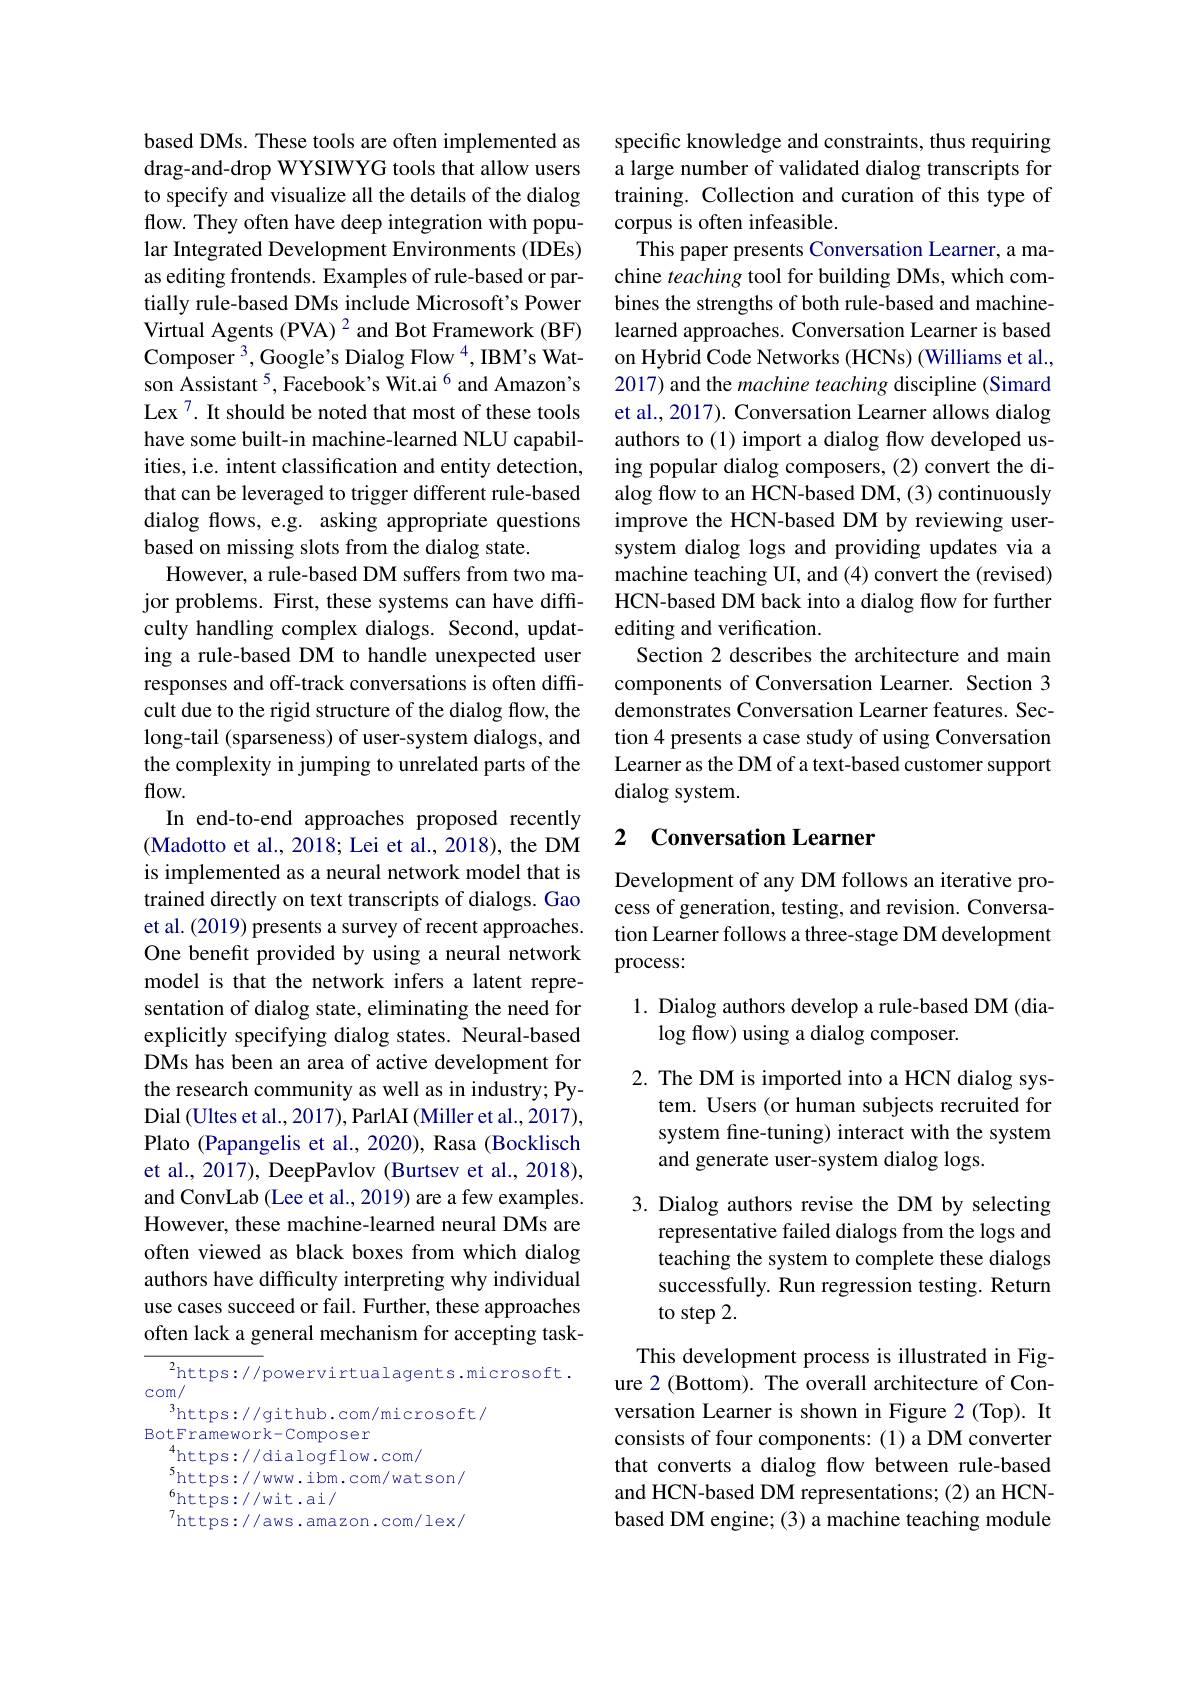
based DMs. These tools are often implemented as drag-and-drop WYSIWYG tools that allow users to specify and visualize all the details of the dialog flow. They often have deep integration with popular Integrated Development Environments (IDEs) as editing frontends. Examples of rule-based or partially rule-based DMs include Microsoft's Power Virtual Agents (PVA) $^2$ and Bot Framework (BF) Composer $^3$, Google's Dialog Flow $^4$, IBM's Watson Assistant $^{5}$, Facebook's Wit.ai$^{6}$ and Amazon's Lex 7. It should be noted that most of these tools have some built-in machine-learned NLU capabilities, i.e. intent classification and entity detection, that can be leveraged to trigger different rule-based dialog flows, e.g. asking appropriate questions based on missing slots from the dialog state.
However, a rule-based DM suffers from two major problems. First, these systems can have difficulty handling complex dialogs. Second, updating a rule-based DM to handle unexpected user responses and off-track conversations is often diffcult due to the rigid structure of the dialog flow, the long-tail (sparseness) of user-system dialogs, and the complexity in jumping to unrelated parts of the $f$ow.
In end-to-end approaches proposed recently (Madotto et al., 2018; Lei et al., 2018), the DM is implemented as a neural network model that is trained directly on text transcripts of dialogs. Gao et al. (2019) presents a survey of recent approaches. One benefit provided by using a neural network model is that the network infers a latent representation of dialog state, eliminating the need for explicitly specifying dialog states. Neural-based DMs has been an area of active development for the research community as well as in industry; PyDial (Ultes et al., 2017), ParlAI (Miller et al., 2017), Plato (Papangelis et al., 2020), Rasa (Bocklisch et al., 2017), DeepPavlov (Burtsev et al., 2018), and ConvLab (Lee et al., 2019) are a few examples. However, these machine-learned neural DMs are often viewed as black boxes from which dialog authors have difficulty interpreting why individual use cases succeed or fail. Further, these approaches often lack a general mechanism for accepting task-

$^2$https://powervirtualagents.microsoft.
$com/$
$^3$https://github.com/microsoft/
BotFramework- Composer
$^{4}$https://dialogflow.com/
$^{5}$https://www.ibm.com/watson/
$^{6}$https://wit.ai/
$^{7}$https://aws.amazon.com/lex/

specific knowledge and constraints, thus requiring a large number of validated dialog transcripts for training. Collection and curation of this type of corpus is often infeasible.
This paper presents Conversation Learner, a machine teaching tool for building DMs, which combines the strengths of both rule-based and machinelearned approaches. Conversation Learner is based on Hybrid Code Networks (HCNs) (Williams et al., 2017) and the machine teaching discipline (Simard et al., 2017). Conversation Learner allows dialog authors to (1) import a dialog flow developed using popular dialog composers, (2) convert the dialog flow to an HCN-based DM, (3) continuously improve the HCN-based DM by reviewing usersystem dialog logs and providing updates via a machine teaching UI, and (4) convert the (revised) HCN-based DM back into a dialog flow for further editing and verification.
Section 2 describes the architecture and main components of Conversation Learner. Section 3 demonstrates Conversation Learner features. Section 4 presents a case study of using Conversation Learner as the DM of a text-based customer support dialog system.

# 2 Conversation Learner

Development of any DM follows an iterative process of generation, testing, and revision. Conversation Learner follows a three-stage DM development process:

1. Dialog authors develop a rule-based DM (dia-
$\log$flow) using a dialog composer.

2. The DM is imported into a HCN dialog sys-
tem. Users (or human subjects recruited for system fine-tuning) interact with the system and generate user-system dialog logs.

3. Dialog authors revise the DM by selecting
representative failed dialogs from the logs and teaching the system to complete these dialogs successfully. Run regression testing. Return to step 2.

This development process is illustrated in Figure 2 (Bottom). The overall architecture of Conversation Learner is shown in Figure 2 (Top). It consists of four components: (1) a DM converter that converts a dialog flow between rule-based and HCN-based DM representations; (2) an HCNbased DM engine; (3) a machine teaching module